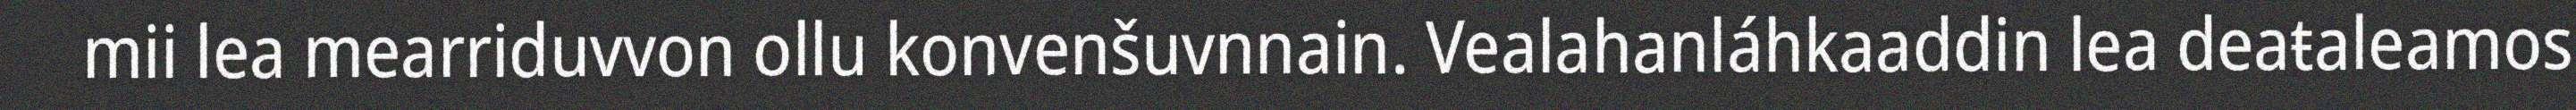
mii lea mearriduvvon ollu konvenšuvnnain. Vealahanláhkaaddin lea deaŧaleamos